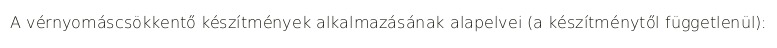
A vérnyomáscsökkentő készítmények alkalmazásának alapelvei (a készítménytől függetlenül):